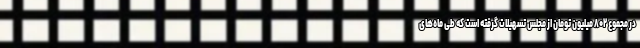
در مجموع ۸۰۲ میلیون تومان از مجلس تسهیلات گرفته است که طی ماه‌های